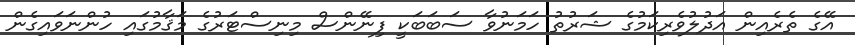
އޭގެ ތެރެއިން އަދުލުވެރިކަމުގެ ޝަރުތު ހަމަނުވާ ސަބަބަކީ ފިނޭންސް މިނިސްޓަރުގެ މަޤާމުގައި ހުންނަވައިގެން